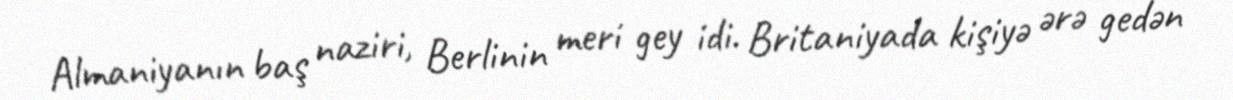
Almaniyanın baş naziri, Berlinin meri gey idi. Britaniyada kişiyə ərə gedən